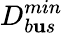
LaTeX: D_{b\mathbf{u}s}^{min}